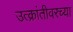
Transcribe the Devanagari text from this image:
उत्क्रांतीवरच्या